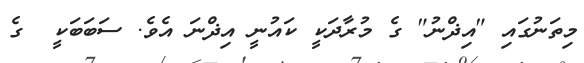
މިތަނުގައި "އިޛްނު" ގެ މުރާދަކީ ކައުނީ އިޛްނަ އެވެ. ސަބަބަކީ  ގެ